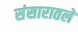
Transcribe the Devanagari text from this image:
संसारातले